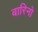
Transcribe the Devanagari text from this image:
बारिनो